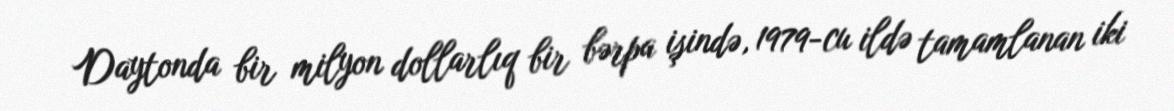
Daytonda bir milyon dollarlıq bir bərpa işində, 1979-cu ildə tamamlanan iki